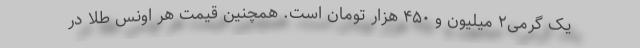
یک گرمی۲ میلیون و ۴۵۰ هزار تومان است. همچنین قیمت هر اونس طلا در